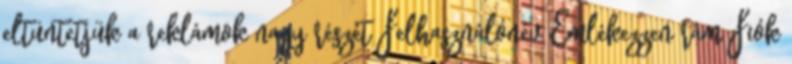
eltüntetjük a reklámok nagy részét Felhasználónév Emlékezzen rám Fiók